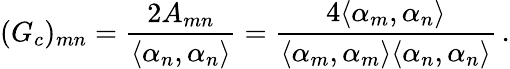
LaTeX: (G_{c})_{mn}={\frac{2A_{mn}}{\langle\alpha_{n},\alpha_{n}\rangle}}=\frac{4\langle\alpha_{m},\alpha_{n}\rangle}{\langle\alpha_{m},\alpha_{m}\rangle\langle\alpha_{n},\alpha_{n}\rangle}\, .